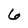
Character: 6